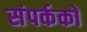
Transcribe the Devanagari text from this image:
संपर्ककों